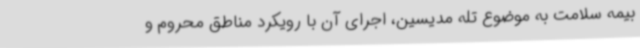
بیمه سلامت به موضوع تله مدیسین، اجرای آن با رویکرد مناطق محروم و